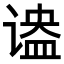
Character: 𬤔